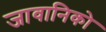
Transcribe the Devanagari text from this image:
जावानिको